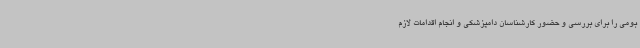
بومی را برای بررسی و حضور کارشناسان دامپزشکی و انجام اقدامات لازم